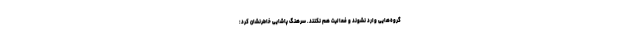
گروه‌هایی وارد نشوند و فعالیت هم نکنند. سرهنگ پاشایی خاطرنشان کرد: